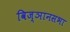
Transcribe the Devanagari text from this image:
विज्ञानसभा